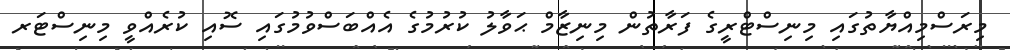
މިރަސްމިއްޔާތުގައި މިނިސްޓްރީގެ ފަރާތުން މިނިޒާމް ޙަވާލު ކުރުމުގެ އެއްބަސްވުމުގައި ސޮއި ކުރެއްވީ މިނިސްޓަރ